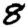
Digit: 8